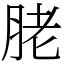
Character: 𦚱